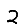
Digit: 2